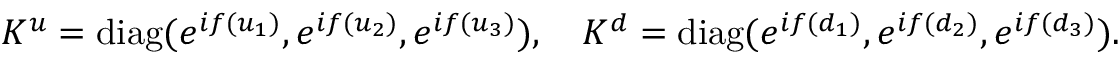
K ^ { u } = \mathrm { d i a g } ( e ^ { i f ( u _ { 1 } ) } , e ^ { i f ( u _ { 2 } ) } , e ^ { i f ( u _ { 3 } ) } ) , \quad K ^ { d } = \mathrm { d i a g } ( e ^ { i f ( d _ { 1 } ) } , e ^ { i f ( d _ { 2 } ) } , e ^ { i f ( d _ { 3 } ) } ) .